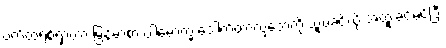
ပက်ထရစ်ရှာဟာ မြန်မာစာ ပါမောက္ခ ဒေါက်တာလှဘေကို သူ့ဖခင်လို အထူးခင်မင်ပြီး